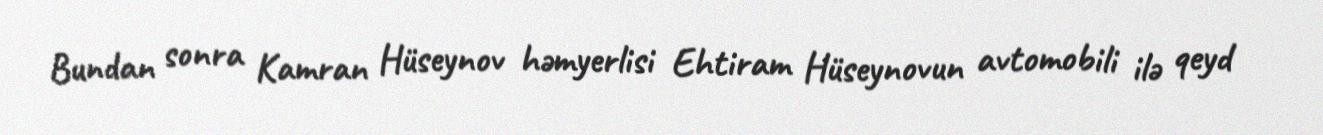
Bundan sonra Kamran Hüseynov həmyerlisi Ehtiram Hüseynovun avtomobili ilə qeyd